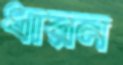
ধারন